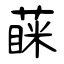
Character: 蔝